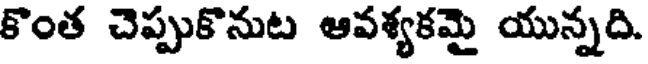
కొంత చెప్పుకొనుట ఆవశ్యకమై యున్నది.